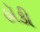
હૉકી